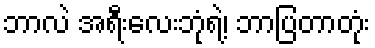
ဘာလဲ အရီးလေးဘုံရဲ့၊ ဘာပြတာတုံး